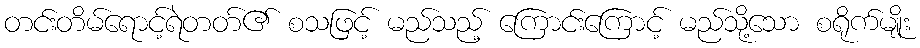
တင်းတိမ်ရောင့်ရဲတတ်၏ စသဖြင့် မည်သည့် ကြောင်းကြောင့် မည်သို့သော စရိုက်မျိုး